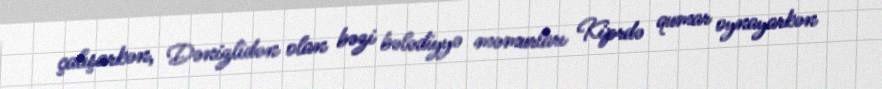
çalışarkən, Dənizlidən olan bəzi bələdiyyə məmurları Kiprdə qumar oynayarkən